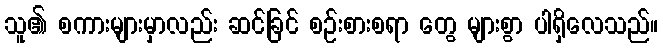
သူ၏ စကားများမှာလည်း ဆင်ခြင် စဉ်းစားစရာ တွေ များစွာ ပါရှိလေသည်။